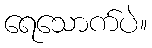
ရေသောက်ပဲ။